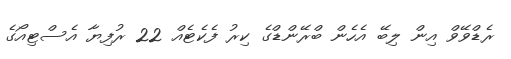
ރެޑްވޭވް އިން ލިބޭ އެހެން ބްރޭންޑްގެ ކިރު ފެކެޓެއް 22 ރުފިޔާ އެސްޓިއޯގެ